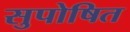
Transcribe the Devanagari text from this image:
सुपोषित